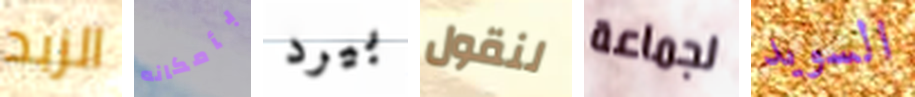
الزبد بأمكانه بيرد لنقول لجماعة السويد